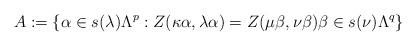
LaTeX: \begin{align*}A:= \{ \alpha \in s(\lambda)\Lambda^p : Z(\kappa\alpha, \lambda\alpha)= Z(\mu\beta, \nu\beta) \beta \in s(\nu)\Lambda^q \} \end{align*}